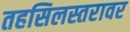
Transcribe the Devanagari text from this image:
तहसिलस्तरावर